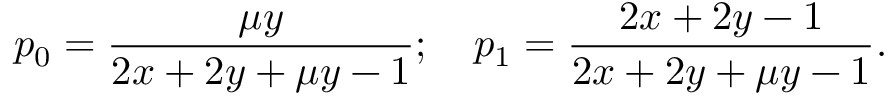
p _ { 0 } = \frac { \mu y } { 2 x + 2 y + \mu y - 1 } ; \quad p _ { 1 } = \frac { 2 x + 2 y - 1 } { 2 x + 2 y + \mu y - 1 } .